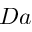
D a